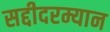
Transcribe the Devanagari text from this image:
सद्दीदरम्यान